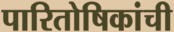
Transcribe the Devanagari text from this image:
पारितोषिकांची